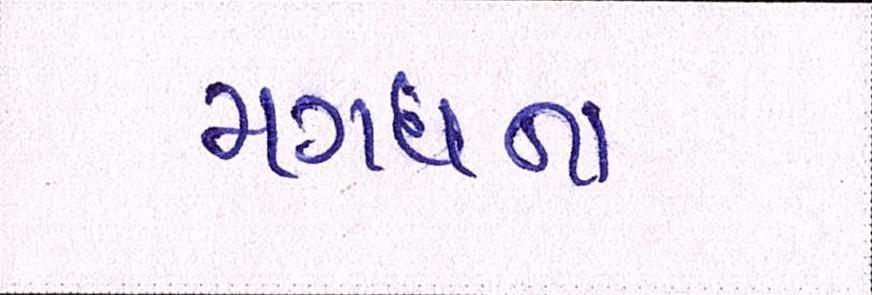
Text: મગધના